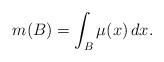
LaTeX: \begin{align*} m(B) = \int_{B} \mu(x) \, dx.\end{align*}